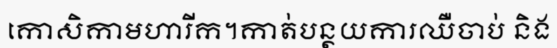
កោសិកាមហារីក។កាត់បន្ថយការឈឺចាប់ និង